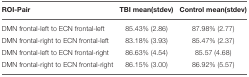
<table><thead><tr><td><b>ROI-Pair</b></td><td><b>TBI mean(stdev)</b></td><td><b>Control mean(stdev)</b></td></tr></thead><tbody><tr><td>DMN frontal-left to ECN frontal-left</td><td>85.43% (2.86)</td><td>87.98% (2.77)</td></tr><tr><td>DMN frontal-right to ECN frontal-left</td><td>83.18% (3.93)</td><td>85.47% (2.37)</td></tr><tr><td>DMN frontal-left to ECN frontal-right</td><td>86.63% (4.54)</td><td>85.57 (4.68)</td></tr><tr><td>DMN frontal-right to ECN frontal-right</td><td>86.15% (3.00)</td><td>86.92% (5.57)</td></tr></tbody></table>